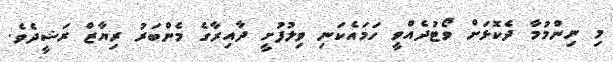
މި ނިންމުމާ ދެކޮޅަށް ވޯޓުދެއްވީ ހަމައެކަނި ވިލުފުށީ ދާއިރާގެ މެންބަރު ރިޔާޒް ރަޝީދެވެ.